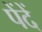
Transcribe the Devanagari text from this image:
पेंदें